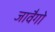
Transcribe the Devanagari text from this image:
जावैगो